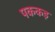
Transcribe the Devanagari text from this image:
पककड़